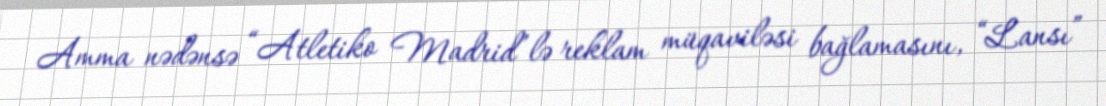
Amma nədənsə “Atletiko Madrid”lə reklam müqaviləsi bağlamasını, “Lansı”